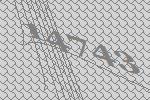
14743